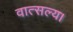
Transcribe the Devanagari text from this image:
वात्सल्य।